Vaccination North-Western Provinces and Oudh 1896-1901 - 1896-1901
Year: 1896
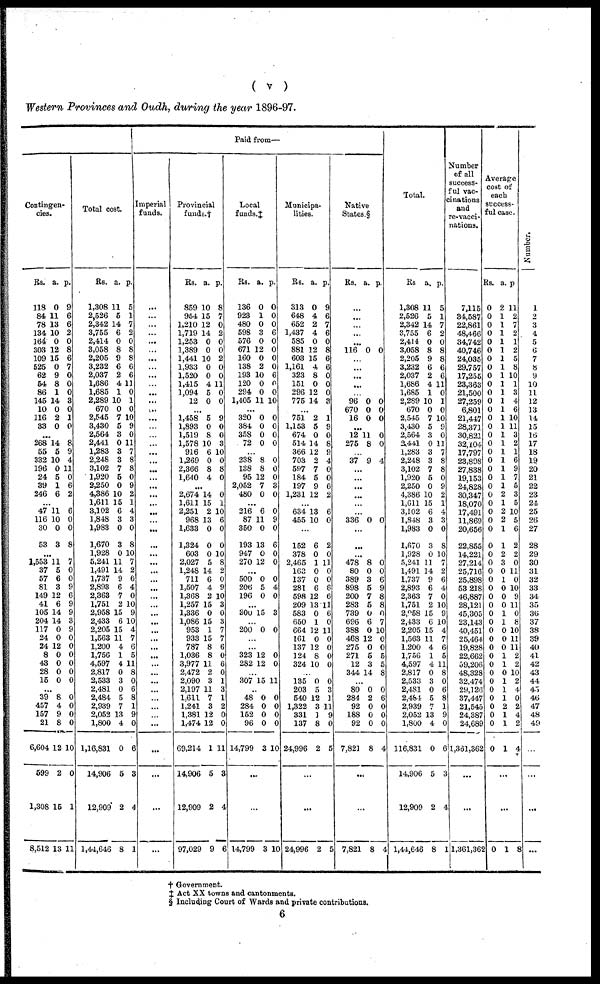
( v )
Western Provinces and Oudh, during the year 1896-97.
Contingen-
cies.
Rs.
118
84
78
134
164
303
109
525
62
54
86
145
10
116
33
a.
0
11
13
10
0
12
15
0
9
8
1
14
0
2
0
p.
9
6
6
2
0
8
6
7
0
0
0
3
0
1
0
...
268
55
332
196
24
39
246
14
5
10
0
5
1
6
8
9
4
11
0
6
2
...
47
116
30
53
11
10
0
3
6
0
0
8
...
1,553
37
57
81
149
41
105
204
117
24
24
8
43
28
15
11
5
6
3
12
6
14
14
0
0
12
0
0
0
0
7
0
0
9
6
9
9
3
9
0
0
0
0
0
0
...
39
457
157
21
6,604
599
1,308
8,512
8
4
9
8
12
2
15
13
0
0
0
0
10
0
1
11
Total cost.
Rs.
1,308
2,526
2,342
3,755
2,414
3,058
2,205
3,232
2,037
1,686
1,685
2,289
670
2,545
3,430
2,564
2,441
1,283
2,248
3,102
1,920
2,250
4,386
1,611
3,102
1,848
1,983
1,670
1,928
5,241
1,491
1,737
2,893
2,363
1,751
2,958
2,433
2,205
1,563
1,200
1,756
4,597
2,817
2,533
2,481
2,484
2,939
2,052
1,800
1,16,831
14,906
12,909
1,44,646
a.
11
5
14
6
0
8
9
6
2
4
1
10
0
7
5
3
0
3
3
7
5
0
10
15
6
3
0
3
0
11
14
9
6
7
2
15
6
15
11
4
1
4
0
3
0
5
7
13
4
0
5
2
8
p.
5
1
7
2
0
8
8
6
6
11
0
1
0
10
9
0
11
7
8
8
0
9
2
1
4
3
0
8
10
7
2
6
4
0
10
9
10
4
7
6
5
11
8
0
6
8
1
9
0
6
3
4
1
Paid from—
Imperial
funds.
...
...
...
...
...
...
...
...
...
...
...
...
...
...
...
...
...
...
...
...
...
...
...
...
...
...
...
...
...
...
...
...
...
...
...
...
...
...
...
...
...
...
...
...
...
...
...
...
...
...
...
...
...
Provincial
funds.†
Rs.
859
954
1,210
1,719
1,253
1,389
1,441
1,933
1,520
1,415
1,094
12
a.
10
15
12
14
0
0
10
0
0
4
5
0
p.
8
7
0
2
0
0
2
0
0
11
0
0
...
1,458
1,893
1,519
1,578
916
1,269
2,366
1,640
5
0
8
10
6
0
8
4
9
0
0
3
10
0
8
0
...
2,674
1,611
2,251
968
1,633
1,324
603
2,027
1,248
711
1,507
1,368
1,257
1,336
1,086
953
933
787
1,036
3,977
2,472
2,090
2,197
1,611
1,241
1,381
1,474
69,214
14,906
12,909
97,029
14
15
2
13
0
0
0
5
14
6
4
2
15
0
15
1
15
8
8
11
2
3
11
7
3
12
12
1
5
2
9
0
1
10
6
0
0
10
8
2
0
9
10
3
0
3
7
7
6
0
6
0
1
3
1
2
0
0
11
3
4
6
Local
funds.‡
Rs.
136
923
480
598
576
671
160
138
193
120
294
1,405
a.
0
1
0
3
0
12
0
2
10
0
0
11
p.
0
0
0
6
0
0
0
0
6
0
0
10
...
320
384
358
72
0
0
0
0
0
0
0
0
...
238
138
95
2,052
480
8
8
12
7
0
0
0
0
3
0
...
216
87
350
193
947
270
6
11
0
13
0
12
0
9
0
6
0
0
...
500
206
196
0
5
0
0
4
0
...
300 15 3
...
200 0 0
...
...
323
282
12
12
0
0
...
307 15 11
...
48
284
152
96
14,799
0
0
0
0
3
0
0
0
0
10
...
...
14,799 3 10
Municipa-
lities.
Rs.
313
648
652
1,437
585
881
603
1,161
323
151
296
775
a.
0
4
2
4
0
12
15
4
8
0
12
14
p.
9
6
7
6
0
8
6
6
0
0
0
3
...
751
1,153
674
514
366
703
597
184
197
1,231
2
5
0
14
12
2
7
5
9
12
1
9
0
8
9
4
0
0
6
2
...
634
455
13
10
6
0
...
152
378
2,465
163
137
281
598
209
583
650
664
161
137
124
324
6
0
1
0
0
6
12
13
0
1
12
0
12
8
10
2
0
11
0
0
6
6
11
6
0
11
0
0
0
0
...
135
203
540
1,322
331
137
24,996
0
5
12
3
1
8
2
0
3
1
11
9
0
5
...
...
24,996 2 5
Native
States.§
Rs. a. p.
...
...
...
...
...
116 0 0
...
...
...
...
...
96
670
16
0
0
0
0
0
0
...
12
275
11
8
0
0
...
37 9 4
...
...
...
...
...
...
336 0 0
...
...
...
478
80
389
898
200
283
739
696
388
468
275
271
12
344
8
0
3
5
7
5
0
6
0
12
0
5
3
14
0
0
6
9
8
8
0
7
10
0
0
5
5
8
...
80
284
92
188
92
7,821
0
2
0
0
0
8
0
6
0
0
0
4
...
...
7,821 8 4
Total.
Rs.
1,308
2,526
2,342
3,755
2,414
3,058
2,205
3,232
2,037
1,686
1,685
2,289
670
2,545
3,430
2,564
2,441
1,283
2,248
3,102
1,920
2,250
4,386
1,611
3,102
1,848
1,983
1,670
1,928
5,241
1,491
1,737
2,893
2,363
1,751
2,958
2,433
2,205
1,563
1,200
1,756
4,597
2,817
2,533
2,481
2,484
2,939
2,052
1,800
116,831
14,906
12,909
1,44,646
a.
11
5
14
6
0
8
9
6
2
4
1
10
0
7
5
3
0
3
3
7
5
0
10
15
6
3
0
3
0
11
14
9
6
7
2
15
6
15
11
4
1
4
0
3
0
5
7
13
4
0
5
2
8
p.
5
1
7
2
0
8
8
6
6
11
0
1
0
10
9
0
11
7
8
8
0
9
2
1
4
3
0
8
10
7
2
6
4
0
10
9
10
4
7
6
5
11
8
0
6
8
1
9
0
6
3
4
1
Number
of all
success-
ful vac-
cinations
and
re-vacci-
nations.
7,115
34,587
22,861
48,466
34,742
40,746
24,035
29,757
17,255
23,363
21,500
27,259
6,801
21,447
28,371
30,821
32,104
17,797
23,898
27,838
19,153
24,828
30,347
18,070
17,491
11,869
20,656
22,855
14,221
27,214
25,716
25,898
53,218
46,887
28,121
45,305
23,143
40,451
25,464
19,828
22,662
59,206
48,328
32,474
29,126
37,447
21,545
24,387
24,689
1,331,362
...
...
1,361,362
Average
cost of
each
success-
ful case.
Rs.
0
0
0
0
0
0
0
0
0
0
0
0
0
0
0
0
0
0
0
0
0
0
0
0
0
0
0
0
0
0
0
0
0
0
0
0
0
0
0
0
0
0
0
0
0
0
0
0
0
0
a.
2
1
1
1
1
1
1
1
1
1
1
1
1
1
1
1
1
1
1
1
1
1
2
1
2
2
1
1
2
3
0
1
0
0
0
1
1
0
0
0
1
1
0
1
1
1
2
1
1
1
p
11
2
7
2
1
2
5
8
10
1
3
4
6
10
11
3
2
1
6
9
7
5
3
5
10
5
6
2
2
0
11
0
10
9
11
0
8
10
11
11
2
2
10
2
4
0
2
4
2
4
...
...
0 1 8
Number.
1
2
3
4
5
6
7
8
9
10
11
12
13
14
15
16
17
18
19
20
21
22
23
24
25
26
27
28
29
30
31
32
33
34
35
36
37
38
39
40
41
42
43
44
45
46
47
48
49
...
...
...
...
† Government.
‡ Act XX towns and cantonments.
§ Including Court of Wards and private contributions.
6